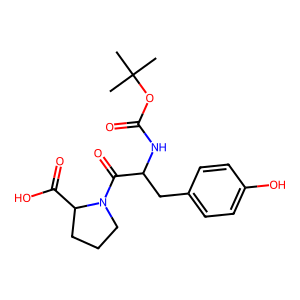
SMILES: CC(C)(C)OC(=O)NC(Cc1ccc(O)cc1)C(=O)N1CCCC1C(=O)O
Inhibits HIV replication: No